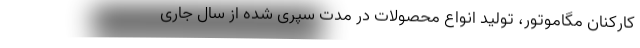
کارکنان مگاموتور، تولید انواع محصولات در مدت سپری شده از سال جاری